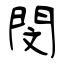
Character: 閔